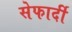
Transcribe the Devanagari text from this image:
सेफार्दी